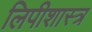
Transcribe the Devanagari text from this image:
लिपीशास्त्र